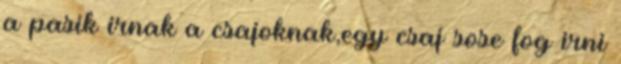
a pasik irnak a csajoknak,egy csaj sose fog irni